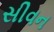
સીવન